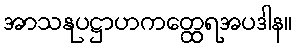
အာသနုပဋ္ဌာဟကတ္ထေရအပဒါန။